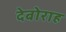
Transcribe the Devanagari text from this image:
देबोराह